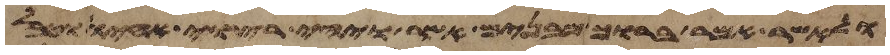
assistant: ולאשר אמר ברוך מבנים אשר ויהי רצוי אחיו וטבל